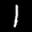
Label: 1